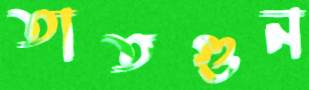
তাতগুন